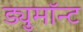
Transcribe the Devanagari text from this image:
ड्युमाॅन्ट